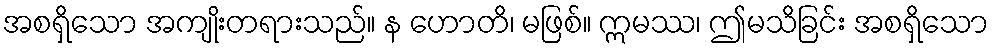
အစရှိသော အကျိုးတရားသည်။ န ဟောတိ၊ မဖြစ်။ ဣမဿ၊ ဤမသိခြင်း အစရှိသော